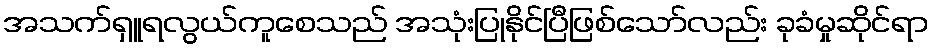
အသက်ရှူရလွယ်ကူစေသည် အသုံးပြုနိုင်ပြီဖြစ်သော်လည်း ခုခံမှုဆိုင်ရာ